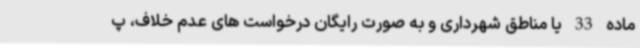
ماده 33 یا مناطق شهرداری و به صورت رایگان درخواست های عدم خلاف، پ